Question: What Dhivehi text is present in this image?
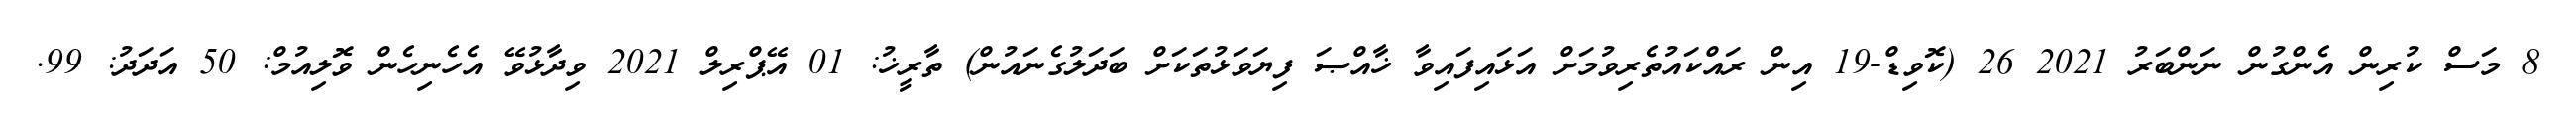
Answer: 8 މަސް ކުރިން އެންގުން ނަންބަރު 2021 26 (ކޮވިޑް-19 އިން ރައްކައުތެރިވުމަށް އަޅައިފައިވާ ޚާއްޞަ ފިޔަވަޅުތަކަށް ބަދަލުގެނައުން) ތާރީޚު: 01 އޭޕްރިލް 2021 ވިދާޅުވޭ އެހެނިހެން ވޮލިއުމް: 50 އަދަދު: 99.